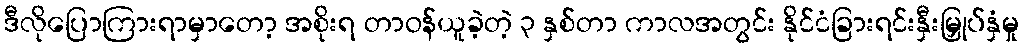
ဒီလိုပြောကြားရာမှာတော့ အစိုးရ တာဝန်ယူခဲ့တဲ့ ၃ နှစ်တာ ကာလအတွင်း နိုင်ငံခြားရင်းနှီးမြှုပ်နှံမှု